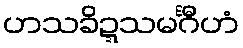
ဟသခိဍ္ဍသမင်္ဂီဟံ